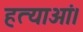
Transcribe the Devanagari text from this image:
हत्याओं।